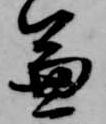
兼